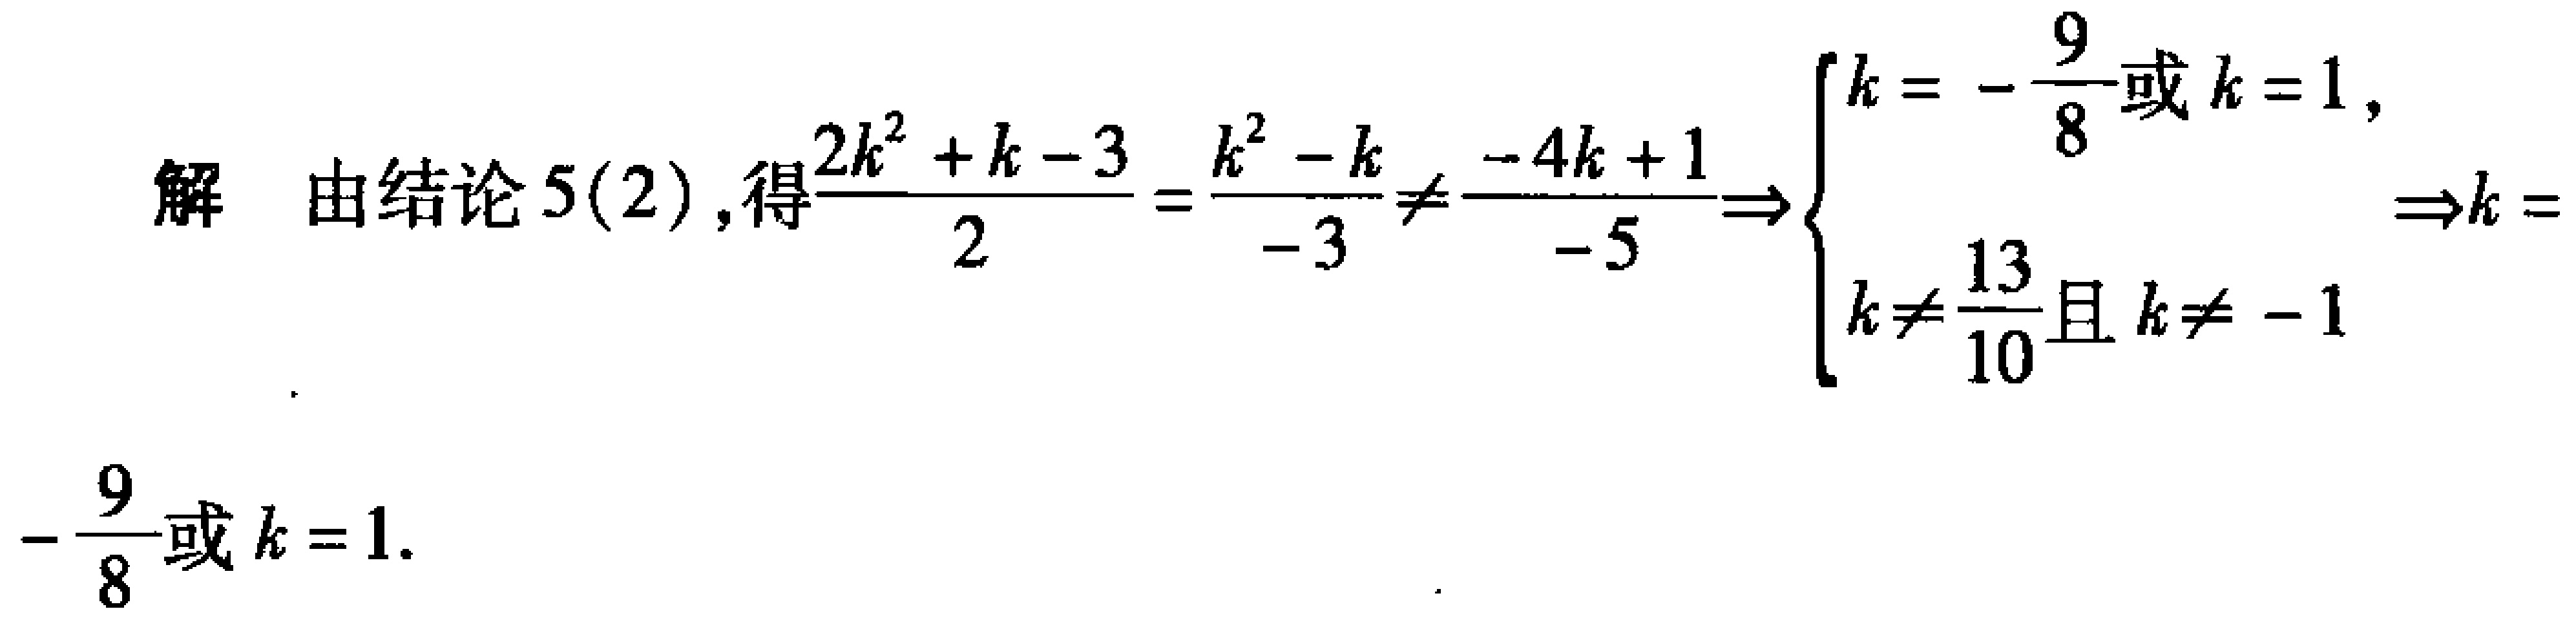
解 由结论 5(2), 得$\frac{2k^{2}+k - 3}{2}=\frac{k^{2}-k}{-3}\neq\frac{-4k + 1}{-5}\Rightarrow\begin{cases}k = -\frac{9}{8}\text{或 }k = 1,\\k\neq\frac{13}{10}\text{且 }k\neq - 1\end{cases}\Rightarrow k = -\frac{9}{8}\text{或 }k = 1.$